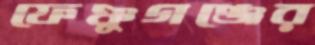
ফেঞ্চুগঞ্জের